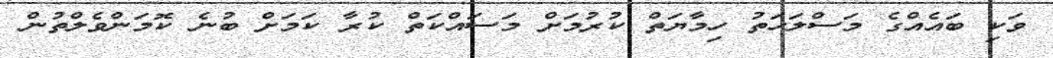
ވަކި ބައެއްގެ މަސްލަހަތު ހިމާޔަތް ކުރުމަށް މަސައްކަތް ކުރާ ކަމަށް ބުނެ ކޮމަންވެލްތުން